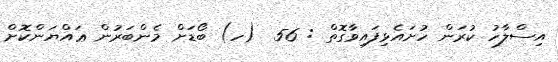
އިސްލާހު ކުރަން ހުށައެޅިފައިވާގޮތް : 56  (ހ) ބޯޑަށް މެންބަރުން ޢައްޔަންކޮށް